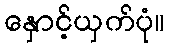
နှောင့်ယှက်ပုံ။